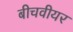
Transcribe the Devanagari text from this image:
बीचवीयर